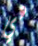
هي